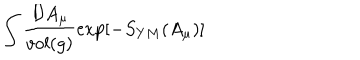
\int \frac { { \cal D } A _ { \mu } } { v o l ( g ) } \exp [ - S _ { Y M } ( A _ { \mu } ) ]